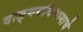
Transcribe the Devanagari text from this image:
वाङ्‌मयविभागाचे